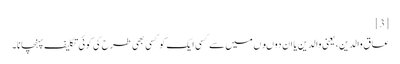
[3]
عاق والدین، یعنی والدین یا ان دوںوں میں سے کسی ایک کو کسی بھی طرح کی کوئی تکلیف پہنچانا۔